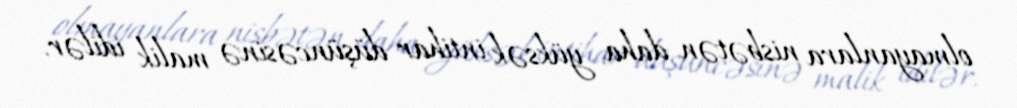
olmayanlara nisbətən daha yüksək intihar düşüncəsinə malik idilər.